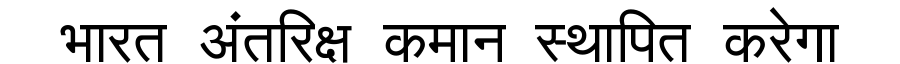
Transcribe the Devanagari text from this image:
भारत अंतरिक्ष कमान स्थापित करेगा